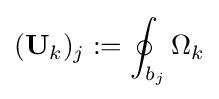
(\mathbf {U} _{k})_{j}:=\oint _{b_{j}}\Omega _{k}